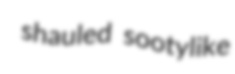
shauled sootylike